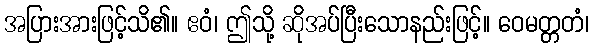
အပြားအားဖြင့်သိ၏။ ဧဝံ၊ ဤသို့ ဆိုအပ်ပြီးသောနည်းဖြင့်။ ဝေမတ္တတံ၊